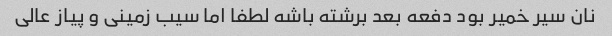
نان سیر خمیر بود دفعه بعد برشته باشه لطفا اما سیب زمینی و پیاز عالی